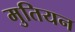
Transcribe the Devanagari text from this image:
मुतियन